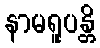
နာမရူပန္တိ